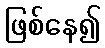
ဖြစ်နေ၍